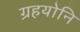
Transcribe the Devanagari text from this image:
ग्रहयोनि